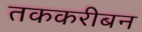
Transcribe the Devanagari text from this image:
तककरीबन